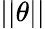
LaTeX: ||\theta||